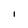
Character: l